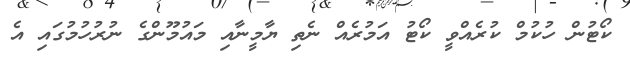
ކޯޓުން ހުކުމް ކުރެއްވީ ކޯޓު އަމުރެއް ނެތި ޔާމީނާއި މައުމޫންގެ ނުރުހުމުގައި އެ